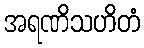
အရဏိသဟိတံ